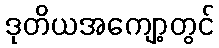
ဒုတိယအကျော့တွင်